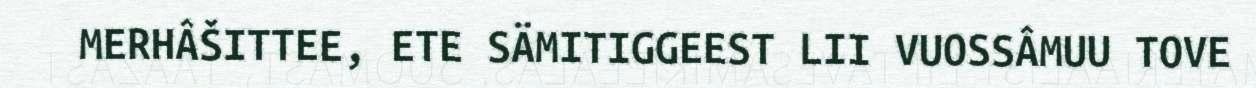
MERHÂŠITTEE, ETE SÄMITIGGEEST LII VUOSSÂMUU TOVE